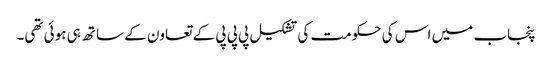
پنجاب میں اس کی حکومت کی تشکیل پی پی پی کے تعاون کے ساتھ ہی ہوئی تھی۔